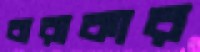
বারাকার